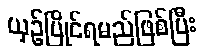
ယှဉ်ပြိုင်ရမည်ဖြစ်ပြီး